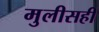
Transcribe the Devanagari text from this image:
मुलीसही